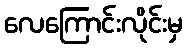
လေကြောင်းလိုင်းမှ